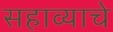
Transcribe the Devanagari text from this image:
सहाव्याचे